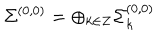
\Sigma ^ { ( 0 , 0 ) } = \oplus _ { k \in Z } \Sigma _ { k } ^ { ( 0 , 0 ) }